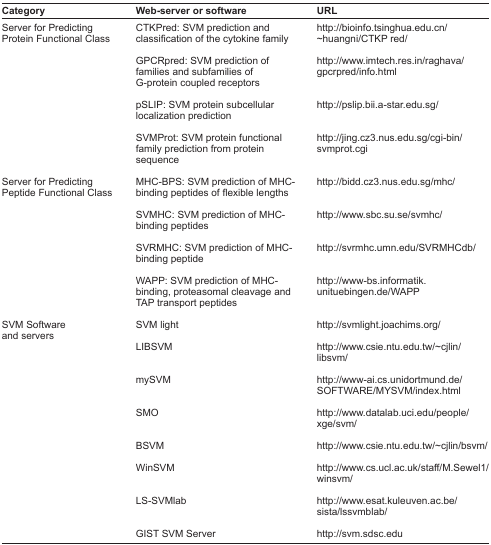
| Category | Web-server or software | URL |
 | --- | --- | --- |
 | <ROWSPAN=4> Server for Predicting Protein Functional Class | CTKPred: SVM prediction and classification of the cytokine family | http://bioinfo.tsinghua.edu.cn/~huangni/CTKPred/ |
 | GPCRpred: SVM prediction of families and subfamilies of G-protein coupled receptors | http://www.imtech.res.in/raghava/gpcrpred/info.html |
 | pSLIP: SVM protein subcellular localization prediction | http://pslip.bii.a-star.edu.sg/ |
 | SVMProt: SVM protein functional family prediction from protein sequence | http://jing.cz3.nus.edu.sg/cgi-bin/svmprot.cgi |
 | <ROWSPAN=4> Server for Predicting Peptide Functional Class | MHC-BPS: SVM prediction of MHC-binding peptides of flexible lengths | http://bidd.cz3.nus.edu.sg/mhc/ |
 | SVMHC: SVM prediction of MHC-binding peptides | http://www.sbc.su.se/svmhc/ |
 | SVRMHC: SVM prediction of MHC-binding peptide | http://svrmhc.umn.edu/SVRMHCdb/ |
 | WAPP: SVM prediction of MHC-binding, proteasomal cleavage and TAP transport peptides | http://www-bs.informatik.unituebingen.de/WAPP |
 | <ROWSPAN=8> SVM Software and servers | SVM light | http://svmlight.joachims.org/ |
 | LIBSVM | http://www.csie.ntu.edu.tw/~cjlin/libsvm/ |
 | mySVM | http://www-ai.cs.unidortmund.de/SOFTWARE/MYSVM/index.html |
 | SMO | http://www.datalab.uci.edu/people/xge/svm/ |
 | BSVM | http://www.csie.ntu.edu.tw/~cjlin/bsvm/ |
 | WinSVM | http://www.cs.ucl.ac.uk/staff/M.Sewel1/winsvm/ |
 | LS-SVMlab | http://www.esat.kuleuven.ac.be/sista/lssvmblab/ |
 | GIST SVM Server | http://svm.sdsc.edu |